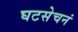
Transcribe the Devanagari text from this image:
घटसेचनं